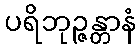
ပရိဘုဉ္ဇန္တာနံ